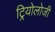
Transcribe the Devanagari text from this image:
ट्रियोलोजी